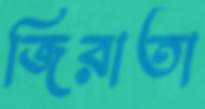
জিরাতা